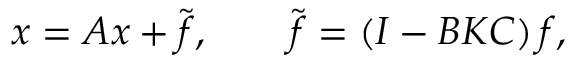
\d { \b { x } } = \b { A x } + \tilde { \b { f } } , \qquad \tilde { \b { f } } = \left( \b { I } - \b { B K C } \right) \b { f } ,